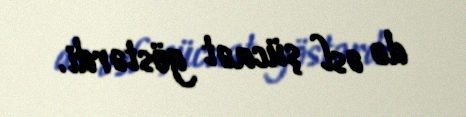
də əsl şücaət göstərdi.